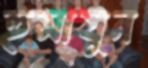
হুমাযুন